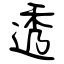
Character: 透